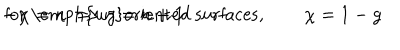
LaTeX: - \chi = n \Longrightarrow g = n + 1 \hspace { 0 . 2 c m } \textrm { f o r \emph { u n } o r i e n t e d s u r f a c e s } , \qquad \chi = 1 - g